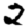
Digit: 2